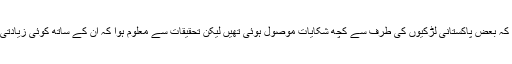
ان کا کہنا ہے کہ بعض پاکستانی لڑکیوں کی طرف سے کچھ شکایات موصول ہوئی تھیں لیکن تحقیقات سے معلوم ہوا کہ ان کے ساتھ کوئی زیادتی نہیں کی گئی۔